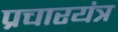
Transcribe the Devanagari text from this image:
प्रचारयंत्र